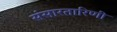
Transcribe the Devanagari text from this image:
संसारतारिणी